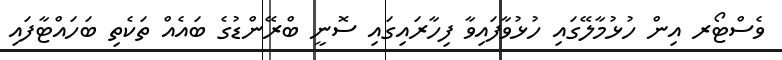
ވެސްޓޯރ އިން ހުޅުމާލޭގައި ހުޅުވާފައިވާ ފިހާރައިގައި ސޮނީ ބްރޭންޑުގެ ބައެއް ތަކެތި ބަހައްޓާފައި